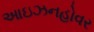
આઇઝનહોવર